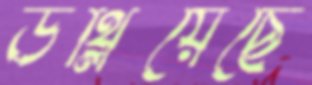
উথ্‌লিয়েছে